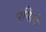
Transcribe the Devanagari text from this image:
पपितो